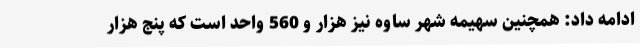
ادامه داد: همچنین سهیمه شهر ساوه نیز هزار و 560 واحد است که پنج هزار